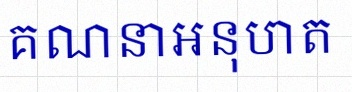
គណនាអនុបាត